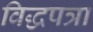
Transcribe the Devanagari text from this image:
विद्धपत्रा